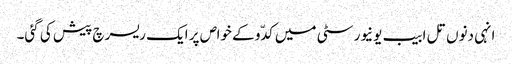
انہی دنوں تل ابیب یونیورسٹی میں کدّو کے خواص پر ایک ریسرچ پیش کی گئی۔